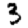
Digit: 3